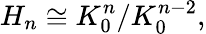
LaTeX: H_{n}\cong K_{0}^{n}/K_{0}^{n-2},